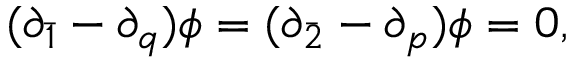
( \partial _ { \bar { 1 } } - \partial _ { q } ) \phi = ( \partial _ { \bar { 2 } } - \partial _ { p } ) \phi = 0 ,